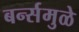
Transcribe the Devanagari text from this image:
बर्न्समुळे